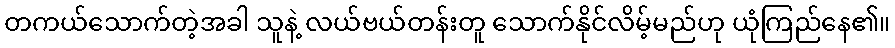
တကယ်သောက်တဲ့အခါ သူနဲ့ လယ်ဗယ်တန်းတူ သောက်နိုင်လိမ့်မည်ဟု ယုံကြည်နေ၏။